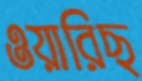
ওয়ারিছ